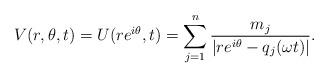
LaTeX: \begin{align*}V(r,\theta,t) = U (r e^{i\theta}, t) = \sum_{j=1}^n \frac{m_j}{|r e^{i\theta}-q_j(\omega t)|}.\end{align*}